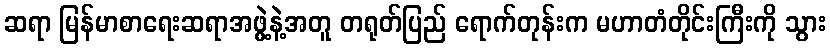
ဆရာ မြန်မာစာရေးဆရာအဖွဲ့နဲ့အတူ တရုတ်ပြည် ရောက်တုန်းက မဟာတံတိုင်းကြီးကို သွား